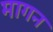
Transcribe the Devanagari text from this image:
मागन